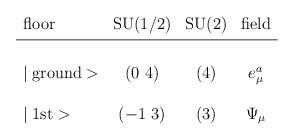
LaTeX: \begin{align*}\begin{array}{lccc}\mbox{floor} & \mbox{SU(1/2)} & \mbox{SU(2)} & \mbox{field} \\\noalign{\vskip3pt}\noalign{\hrule}\noalign{\vskip3pt}\\\mid \mbox{ground}> & (0~4) & (4) & e_{\mu}^a \\\\\mid \mbox{1st}> & (-1~3) & (3) & \Psi_{\mu} \\\\\end{array}\end{align*}